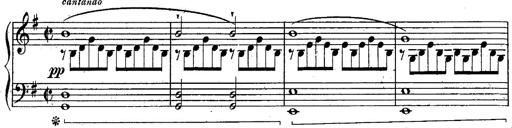
Title: Schubert's Impromptus [revised and edited by Franz Liszt]
Composer: Franz Liszt